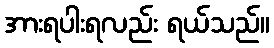
အားရပါးရလည်း ရယ်သည်။